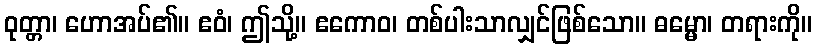
ဝုတ္တာ၊ ဟောအပ်၏။ ဧဝံ၊ ဤသို့။ ဧကောဝ၊ တစ်ပါးသာလျှင်ဖြစ်သော။ ဓမ္မော၊ တရားကို။